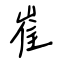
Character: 崔